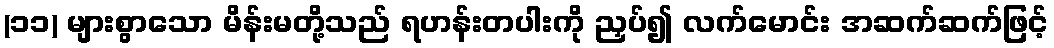
(၁၁) များစွာသော မိန်းမတို့သည် ရဟန်းတပါးကို ညှပ်၍ လက်မောင်း အဆက်ဆက်ဖြင့်